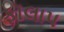
ફૉલાપ